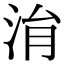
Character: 㳙